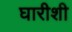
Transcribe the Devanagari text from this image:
घारीशी